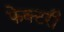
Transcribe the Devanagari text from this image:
फेक्टरी